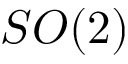
S O ( 2 )